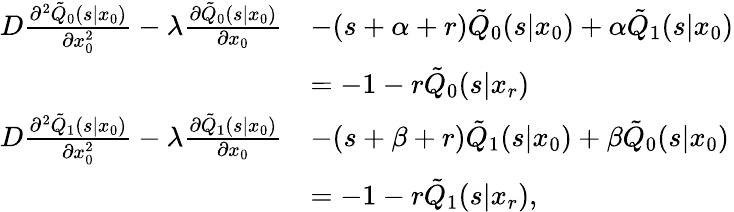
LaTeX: \begin{array}{rl}{D\frac{\partial^{2}\tilde{Q}_{0}(s|x_{0})}{\partial x_{0}^{2}}-\lambda\frac{\partial\tilde{Q}_{0}(s|x_{0})}{\partial x_{0}}}&{-(s+\alpha+r)\tilde{Q}_{0}(s|x_{0})+\alpha\tilde{Q}_{1}(s|x_{0})}\\ &{=-1-r\tilde{Q}_{0}(s|x_{r})}\\ {D\frac{\partial^{2}\tilde{Q}_{1}(s|x_{0})}{\partial x_{0}^{2}}-\lambda\frac{\partial\tilde{Q}_{1}(s|x_{0})}{\partial x_{0}}}&{-(s+\beta+r)\tilde{Q}_{1}(s|x_{0})+\beta\tilde{Q}_{0}(s|x_{0})}\\ &{=-1-r\tilde{Q}_{1}(s|x_{r}),}\end{array}